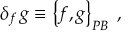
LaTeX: \delta _ { f } \, g \equiv \left\{ f , g \right\} _ { { \footnotesize P B } } \; ,